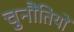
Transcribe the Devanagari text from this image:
चुनौंतियों